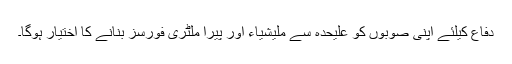
دفاع کیلئے اپنی صوبوں کو علیحدہ سے ملیشیاء اور پیرا ملٹری فورسز بنانے کا اختیار ہوگا۔